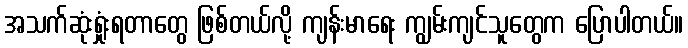
အသက်ဆုံးရှုံးရတာတွေ ဖြစ်တယ်လို့ ကျန်းမာရေး ကျွမ်းကျင်သူတွေက ပြောပါတယ်။